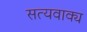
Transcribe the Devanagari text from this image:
सत्यवाक्य